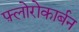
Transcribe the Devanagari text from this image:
फ़्लोरोकार्बन